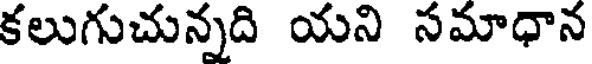
కలుగుచున్నది యని సమాధాన